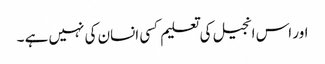
اور اس انجیل کی تعلیم کسی انسان کی نہیں ہے ۔